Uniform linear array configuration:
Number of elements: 32
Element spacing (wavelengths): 0.5
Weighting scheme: kaiser
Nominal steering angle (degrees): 30
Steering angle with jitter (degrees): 29.829
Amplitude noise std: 0.05
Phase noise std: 0.05

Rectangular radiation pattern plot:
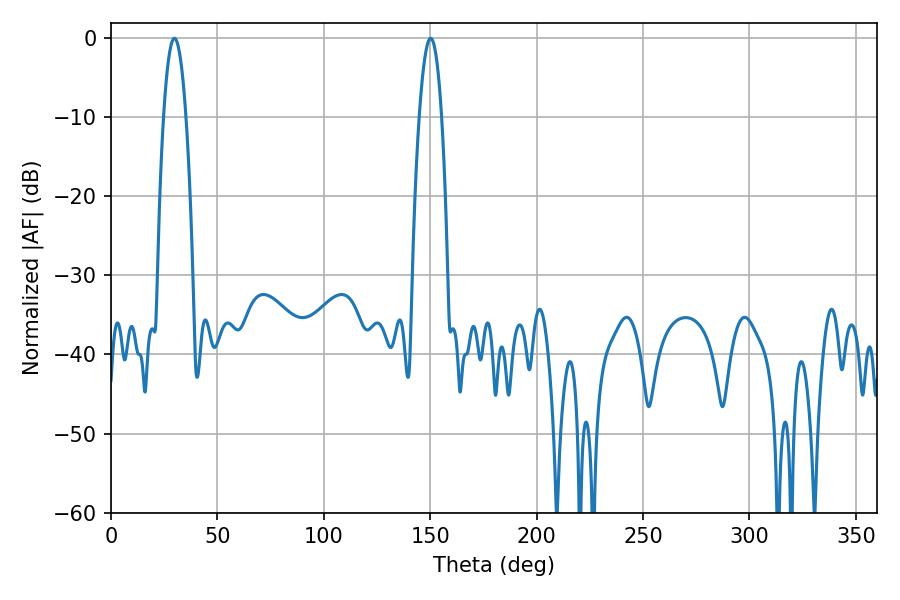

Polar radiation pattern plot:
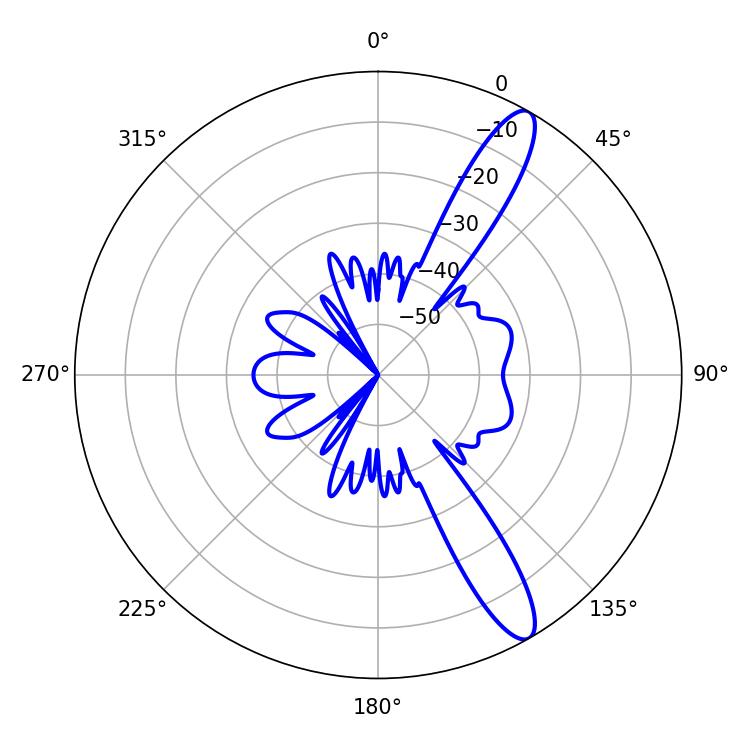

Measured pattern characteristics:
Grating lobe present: FALSE
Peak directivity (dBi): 12.632
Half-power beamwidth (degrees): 5.76
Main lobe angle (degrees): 29.88